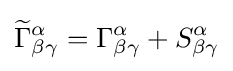
{\widetilde {\Gamma }}_{\beta \gamma }^{\alpha }=\Gamma _{\beta \gamma }^{\alpha }+S_{\beta \gamma }^{\alpha }